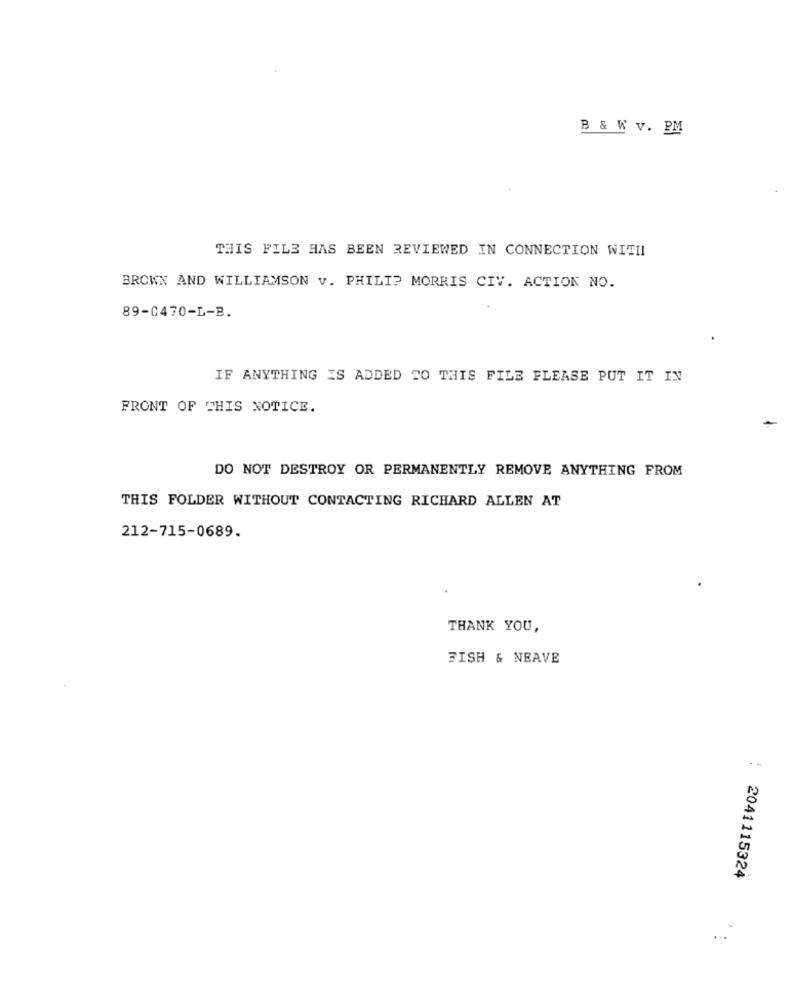
B & W v. PM
THIS FILE HAS BEEN REVIEWED IN CONNECTION WITH
BROWN AND WILLIAMSON v. PHILIP MORRIS CIV. ACTION NO.
89-0470-L-B.
IF ANYTHING IS ADDED TO THIS FILE PLEASE PUT IT IN
FRONT OF THIS NOTICE.
DO NOT DESTROY OR PERMANENTLY REMOVE ANYTHING FROM
THIS FOLDER WITHOUT CONTACTING RICHARD ALLEN AT
212-715-0689.
THANK YOU,
FISH & NEAVE
. -
2041115324
...